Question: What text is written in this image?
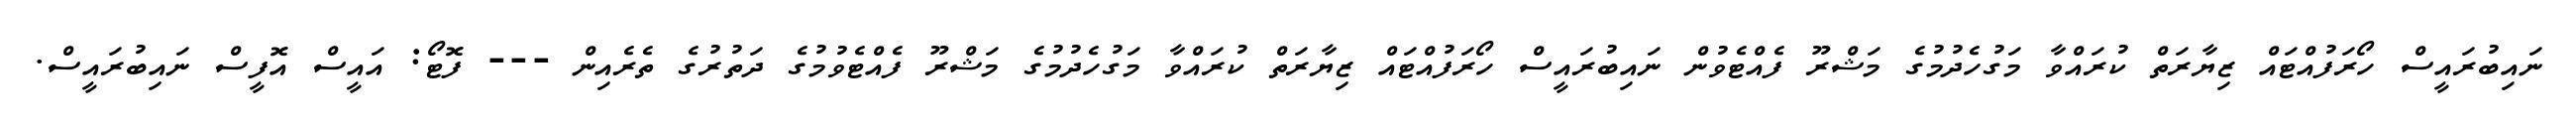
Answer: ނައިބުރައީސް ހޯރަފުއްޓައް ޒިޔާރަތް ކުރައްވާ މަގުހެދުމުގެ މަޝްރޫ ފެއްޓެވުން ނައިބުރައީސް ހޯރަފުއްޓައް ޒިޔާރަތް ކުރައްވާ މަގުހެދުމުގެ މަޝްރޫ ފެއްޓެވުމުގެ ދަތުރުގެ ތެރެއިން --- ފޮޓޯ: އައީސް އޮފީސް ނައިބުރައީސް.